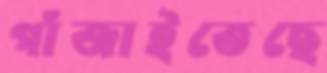
গাঁজাইতেছে